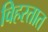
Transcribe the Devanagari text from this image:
विहरतात